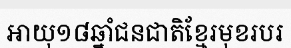
អាយុ១៨ឆ្នាំជនជាតិខ្មែរមុខរបរ